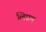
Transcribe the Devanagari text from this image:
लिग्नन